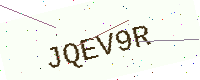
Text: JQEV9R